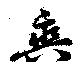
輿